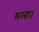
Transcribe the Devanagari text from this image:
भला।